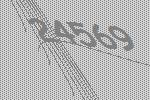
24569